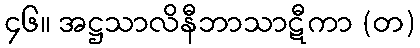
၄၆။ အဋ္ဌသာလိနီဘာသာဋီကာ (တ)